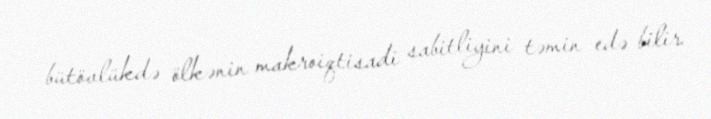
bütövlükdə ölkənin makroiqtisadi sabitliyini təmin edə bilir.